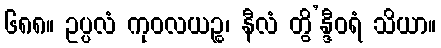
၆၈၈။ ဥပ္ပလံ ကုဝလယဉ္စ၊ နီလံ တွိ’န္ဒီဝရံ သိယာ။